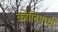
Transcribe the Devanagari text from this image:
कोलिमाची